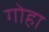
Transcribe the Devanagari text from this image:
गोहा